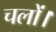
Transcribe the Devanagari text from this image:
चलों।